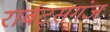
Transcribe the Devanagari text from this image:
रार्बट्सगंज